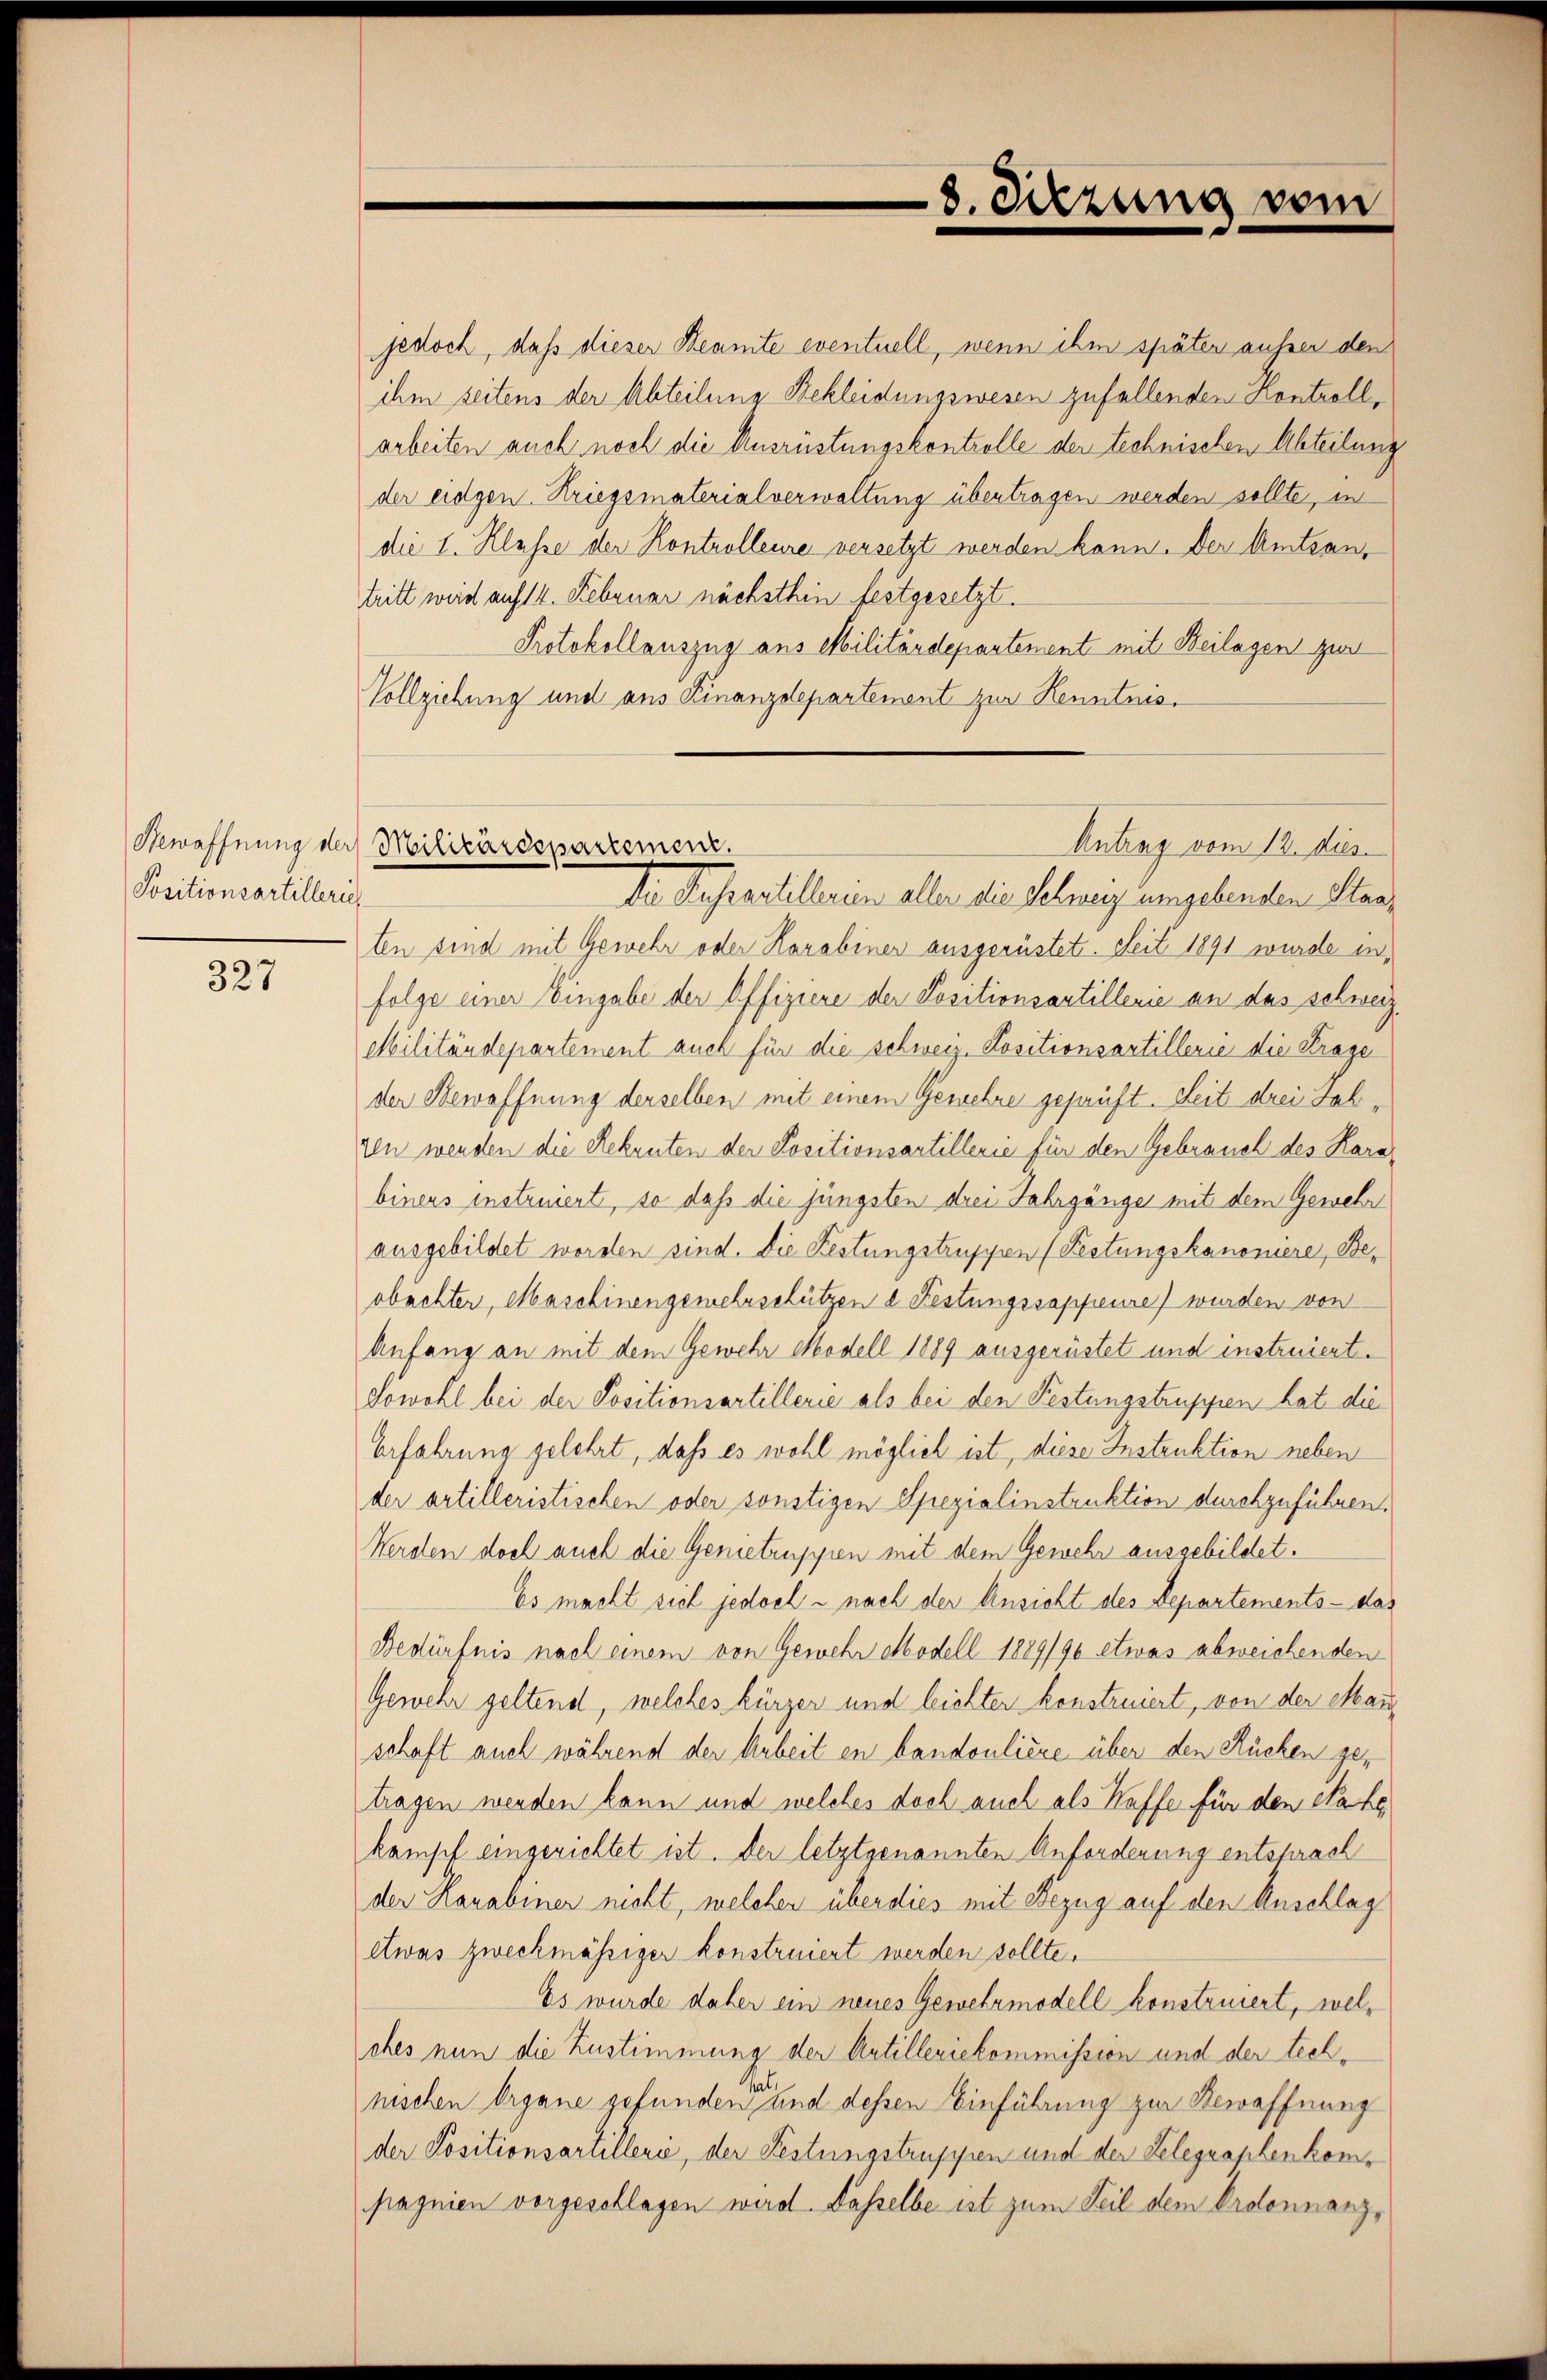
Positionsartillerie

327

jedoch, daß dieser Beamte eventuell, wenn ihm späten ausser den
ihm seitens der Abteilene Bekleidungswesen zufallenden Kontrollarbeiten auch noch die Ausrüstungskontrolle der technischen Abteilung
der eidgen. Kriegsmaterialverwaltung übertragen werden sollte, in
die 1. Klasse der Kontrolleure versetzt werden kann. Der Amtsantritt weid auf 14. Februar nächsthin festgesetzt.
Protokollauszug aus Militärdepantenent mit Beilagen zur
Vollziehung und aus Finanzdepartement zur Kenntnis¬

8. Sitzung vom

ten sind mit Gewehr oder Karabiner ausgerüstet. Seit 1891 wurde infolge einer Eingabe der Offiziere der Positionsartillerie an das schweiz
Militärdepartement auch für die schweiz. Positionsartillerie die Krage
der Bewaffnung derselben mit einem Gewehre geprüft. Seit drei Jah¬
Ien werden die Rekruten der Positionsartillerie für den Gebrauch des Karabinens instruiert, so daß die jüngsten drei Jahrgänge mit dem Gewehr
ausgebildet worden sind. Die Festungstruppen (Festungskanoniere, Beobächter, Maschinengemehrschützen d Festungssappeure) wurden von
Anfang an mit dem Gewehr Modell 1889 ausgerüstet und instruiert¬
Sowohl bei der Positionsartillerie als bei den Festungstruppen hat die
Erfahrung gelehrt, daß es wohl möglich ist, diese Instruktion neben
der artilleristischen oder sonstigen Spezialinstruktion durchzuführen.
Werden doch auch die Genietruppien mit dem Gewehr ausgebildet.
Es macht viel jedoch - nach der Ansicht des Departements - das
Bedürfnis nach einem von Gewehr Modell 1889/90 etwas abweichenden
Gewehr geltend, welches kürzer und leichter konstruiert, von der Mai
schaft auch während der Arbeit en bandouliere über den Küchen getragen werden kann und welches doch auch als Waffe für den Nahe
kämpf eingerichtet ist. Der letztgenannten Anforderung entsprach
der Harabiner nicht, welcher überdies mit Bezug auf den Anschlag
etwas zweckmässiger konstruiert werden sollte.
Es wurde daher ein neues Gewehrmodell konstruiert, welches nun die Zustimmung der Artilleriekommission und der technischen Organe gefunden und dessen Einführung zur Bewaffnung
der Positionsartillerie, der Festungstruppen und der Gelegraphenkompagnien vorgeschlagen wird. Dasselbe ist zum Teil dem Ordonnanz¬

Bewaffnung der Militärdepartement.
Antrag vom 12. dies
De Fuhrestellenen aller die Schweig umgebenden Staa¬